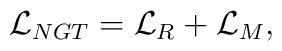
{\cal L}_{NGT}={\cal L}_R+{\cal L}_M,